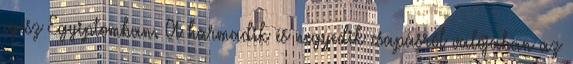
egész Egyiptomban. A harmadik és negyedik csapásról valójában az